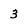
Character: 3